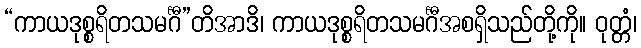
“ကာယဒုစ္စရိတသမင်္ဂီ”တိအာဒိ၊ ကာယဒုစ္စရိတသမင်္ဂီအစရှိသည်တို့ကို။ ဝုတ္တံ၊